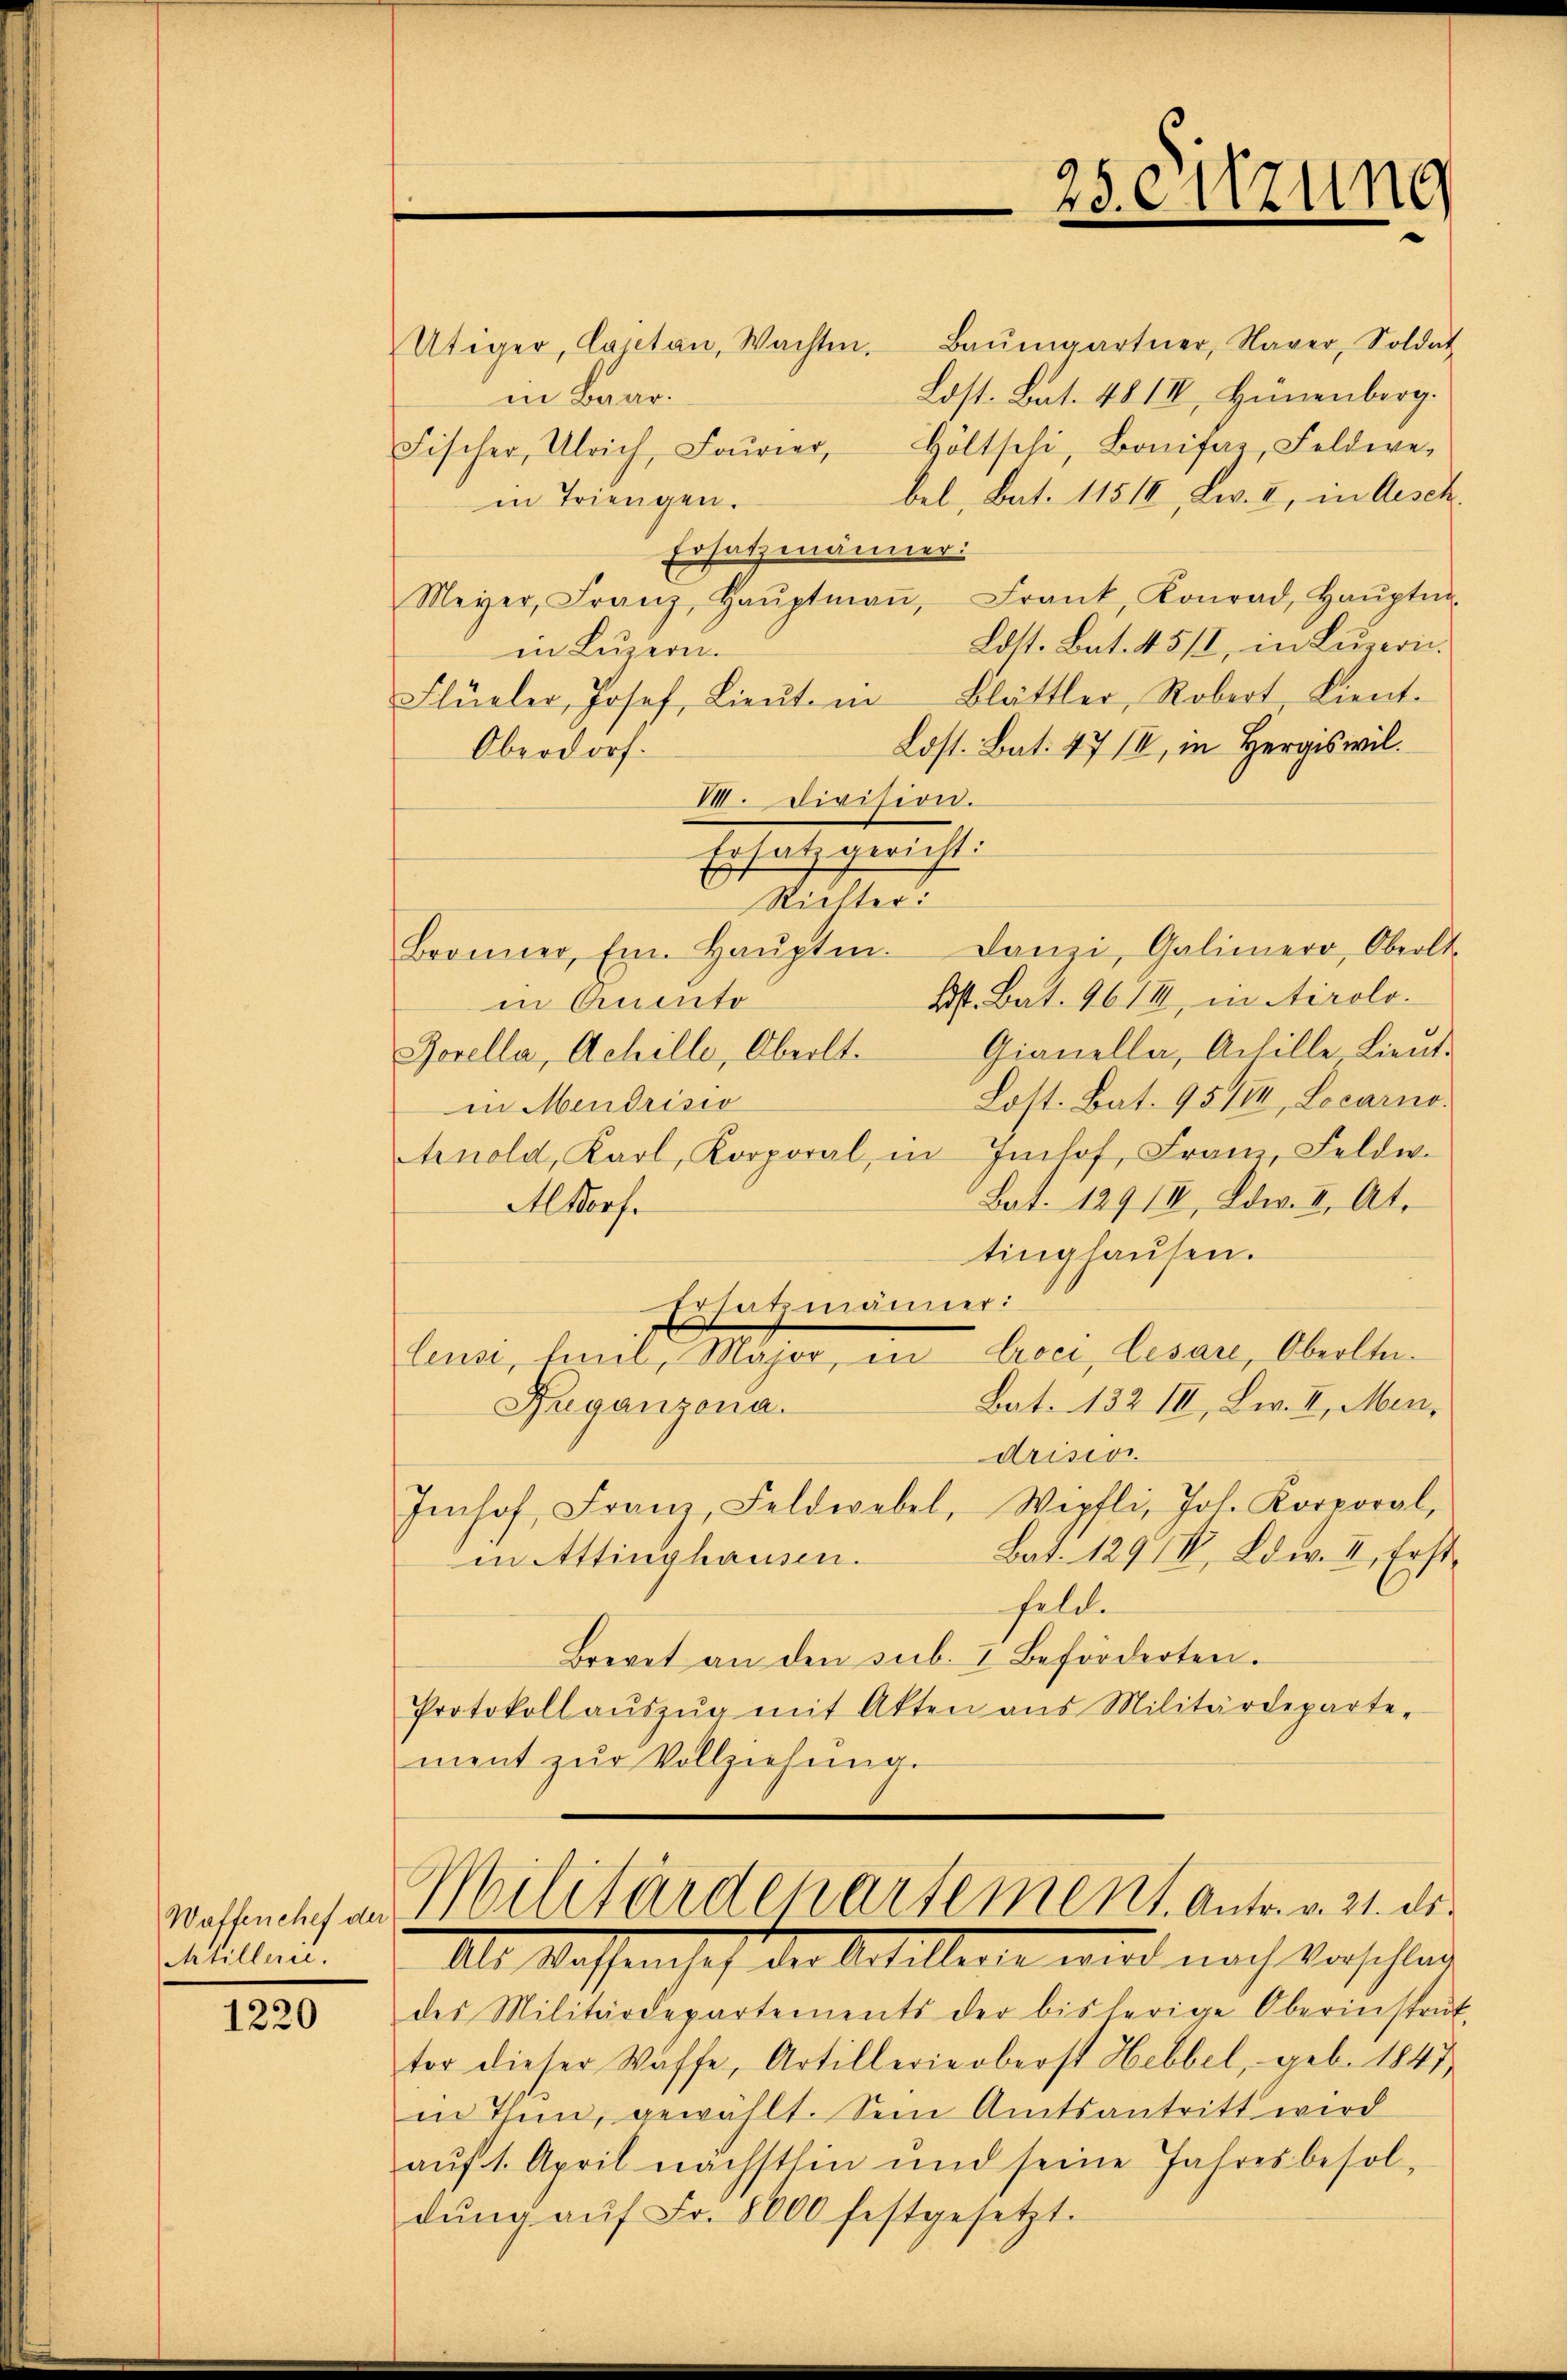
Wastenchef der
Atillerie.

1220

Baŭmgartner, Nager, Soldat
Utiger, Cajetan, Wachten.
Lost. Bat. 48 III, Hünenberg.
in Baar.
Fischer, Ulrich, Fourier, Höltschi, Bonifar, Feldwebel, Bat. 11518, Lw. 2, in Aesch.
in Triengen.
Ersatzmänner:
Meyer, Franz, Haŭptmaṅ, Frank, Konrad, Haŭptm.
Ldst. Bat. 45/1, in Lŭzern.
in Luzern.
Flüeler, Josef Lieŭt. in Blättler, Robert, Lient.
Löst. Bat. 47 II, in Hergiswil.
Oberdorf.
VI. Division.
Ersatz gericht:
Richter:
Bronner, Em. Haŭptm. Danzi, Galimer, Oberlt
Bst. Bat. 96/I, in Airolo.
in Auto
Gianella, Achille Lieut.
Borella, Achille, Oberlt.
Lost. Bat. 95184, Locarno.
in Mendrisio
Arnold, Karl, Korporal, in Imhof, Franz Feldw.
Bat. 129 III, Ddw. II. At¬
Altorf.
tinghausen.
E
Ersatzmänner:
leuse, Anil, Major, in Croci, Cesare, Oberltei¬
Bat. 132 III, Lw. II. Men,
Ruganzona.
drision
Imhof, Franz, Feldwebel, Wipfli, Joh. Korporal,
Bat. 1291, Bd. II. Erst
in Attinghausen.
felde
Brevet an den sub. I beförderten.
Protokoll aŭszŭg mit Akten ans Militärdeparte-
ment zur Vollziehung.

25 eitzung

des Militärdepartements der bisherige Oberinstrŭk-
tor dieser Waffe, Artillerie oberst Hebbel, geb. 1847
in Thun, gewählt. Sein Amtsantritt wird
auf 1. April nächsthin und seine Jahresbesoldŭng aŭf Fr. 8000 festgesetzt.

Militärdepartement. Antr. v. 21. die
III. Wassensch der Artillente wird nach Vorschla